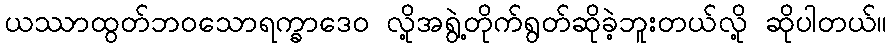
ယဿာထွတ်ဘဝသောရက္ခာဒေဝ လို့အရွဲ့တိုက်ရွတ်ဆိုခဲ့ဘူးတယ်လို့ ဆိုပါတယ်။